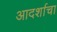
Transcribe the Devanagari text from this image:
आदर्शाचा